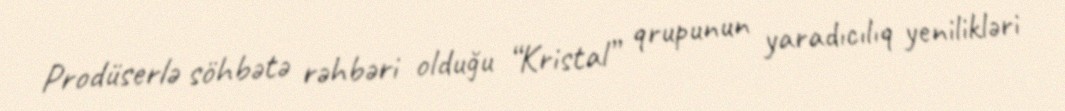
Prodüserlə söhbətə rəhbəri olduğu “Kristal” qrupunun yaradıcılıq yenilikləri